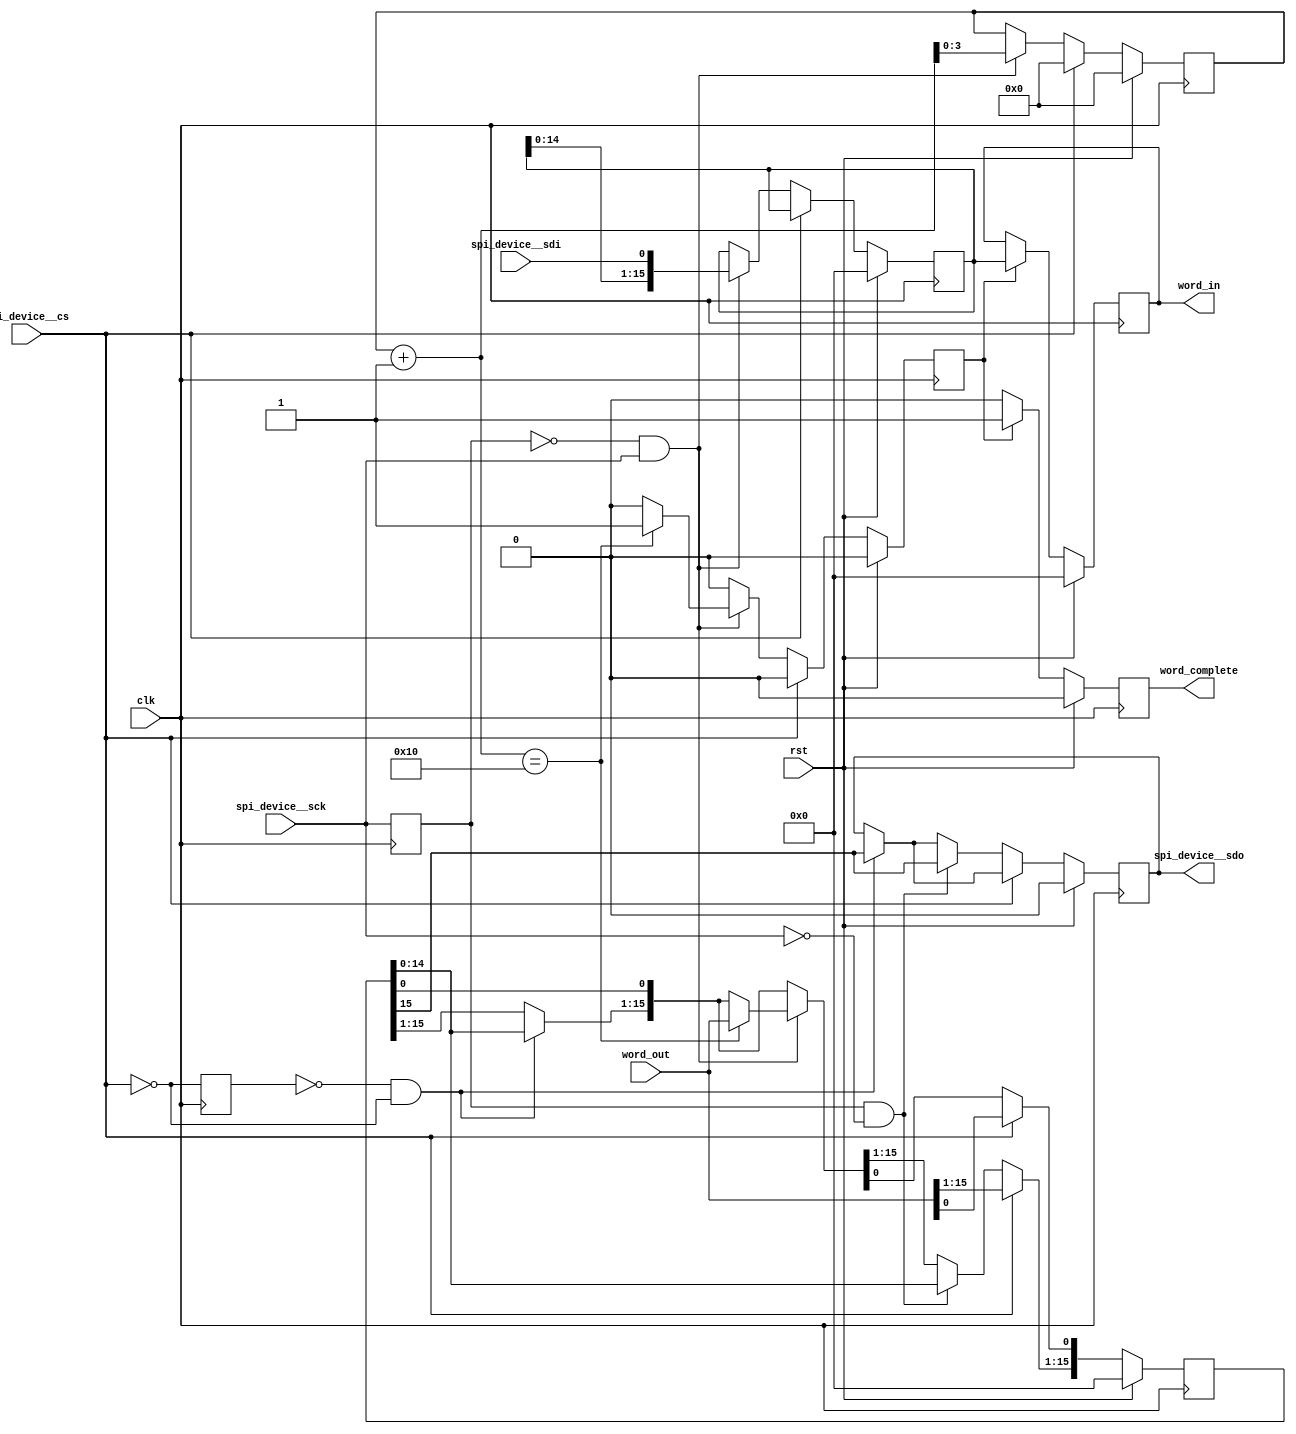
/* Generated by Yosys 0.17 (git sha1 6f9602b4c, gcc 11.3.0-1ubuntu1~22.04 -fPIC -Os) */

module spi_slave(spi_device__sdo, spi_device__sck, spi_device__cs, word_in, word_out, word_complete, clk, rst, spi_device__sdi);
  reg \$auto$verilog_backend.cc:2083:dump_module$11  = 0;
  wire \$1 ;
  wire \$11 ;
  wire [4:0] \$13 ;
  wire \$15 ;
  wire \$17 ;
  wire \$19 ;
  wire \$21 ;
  wire \$23 ;
  wire \$25 ;
  wire [4:0] \$27 ;
  wire \$29 ;
  wire \$3 ;
  wire \$31 ;
  wire \$33 ;
  wire \$35 ;
  wire \$37 ;
  wire [4:0] \$39 ;
  wire [4:0] \$40 ;
  wire \$42 ;
  wire \$44 ;
  wire \$46 ;
  wire \$48 ;
  wire \$5 ;
  wire \$7 ;
  wire \$9 ;
  (* \amaranth.sample_reg  = 32'd1 *)
  reg \$sample$s$chip_selected$sync$1  = 1'h0;
  wire \$sample$s$chip_selected$sync$1$next ;
  (* \amaranth.sample_reg  = 32'd1 *)
  reg \$sample$s$serial_clock$sync$1  = 1'h0;
  wire \$sample$s$serial_clock$sync$1$next ;
  reg [3:0] bit_count = 4'h0;
  reg [3:0] \bit_count$next ;
  wire chip_selected;
  input clk;
  wire clk;
  reg [15:0] current_rx = 16'h0000;
  reg [15:0] \current_rx$next ;
  reg [15:0] current_tx = 16'h0000;
  reg [15:0] \current_tx$next ;
  reg is_first_bit = 1'h0;
  reg \is_first_bit$next ;
  wire \output ;
  input rst;
  wire rst;
  wire sample;
  wire serial_clock;
  input spi_device__cs;
  wire spi_device__cs;
  input spi_device__sck;
  wire spi_device__sck;
  input spi_device__sdi;
  wire spi_device__sdi;
  output spi_device__sdo;
  reg spi_device__sdo = 1'h0;
  reg \spi_device__sdo$next ;
  reg word_accepted = 1'h0;
  reg \word_accepted$next ;
  output word_complete;
  reg word_complete = 1'h0;
  reg \word_complete$next ;
  output [15:0] word_in;
  reg [15:0] word_in = 16'h0000;
  reg [15:0] \word_in$next ;
  input [15:0] word_out;
  wire [15:0] word_out;
  assign \$9  = ~ \$sample$s$serial_clock$sync$1 ;
  assign \$11  = \$9  & serial_clock;
  assign \$13  = bit_count + 1'h1;
  assign \$15  = \$13  == 5'h10;
  assign \$17  = ~ spi_device__cs;
  assign \$1  = ~ \$sample$s$serial_clock$sync$1 ;
  assign \$19  = ~ \$sample$s$chip_selected$sync$1 ;
  assign \$21  = \$19  & chip_selected;
  assign \$23  = ~ \$sample$s$serial_clock$sync$1 ;
  assign \$25  = \$23  & serial_clock;
  assign \$27  = bit_count + 1'h1;
  assign \$29  = \$27  == 5'h10;
  assign \$31  = ~ serial_clock;
  assign \$33  = \$sample$s$serial_clock$sync$1  & \$31 ;
  assign \$35  = ~ \$sample$s$serial_clock$sync$1 ;
  assign \$37  = \$35  & serial_clock;
  assign \$3  = \$1  & serial_clock;
  assign \$40  = bit_count + 1'h1;
  assign \$42  = ~ \$sample$s$serial_clock$sync$1 ;
  assign \$44  = \$42  & serial_clock;
  assign \$46  = ~ \$sample$s$serial_clock$sync$1 ;
  assign \$48  = \$46  & serial_clock;
  assign \$5  = ~ serial_clock;
  assign \$7  = \$sample$s$serial_clock$sync$1  & \$5 ;
  always @(posedge clk)
    \$sample$s$chip_selected$sync$1  <= \$17 ;
  always @(posedge clk)
    word_in <= \word_in$next ;
  always @(posedge clk)
    \$sample$s$serial_clock$sync$1  <= spi_device__sck;
  always @(posedge clk)
    current_rx <= \current_rx$next ;
  always @(posedge clk)
    is_first_bit <= \is_first_bit$next ;
  always @(posedge clk)
    bit_count <= \bit_count$next ;
  always @(posedge clk)
    current_tx <= \current_tx$next ;
  always @(posedge clk)
    spi_device__sdo <= \spi_device__sdo$next ;
  always @(posedge clk)
    word_accepted <= \word_accepted$next ;
  always @(posedge clk)
    word_complete <= \word_complete$next ;
  always @* begin
    if (\$auto$verilog_backend.cc:2083:dump_module$11 ) begin end
    \is_first_bit$next  = is_first_bit;
    (* full_case = 32'd1 *)
    casez (chip_selected)
      1'h1:
          casez (\$44 )
            1'h1:
                \is_first_bit$next  = 1'h0;
          endcase
      default:
          \is_first_bit$next  = 1'h1;
    endcase
    casez (rst)
      1'h1:
          \is_first_bit$next  = 1'h0;
    endcase
  end
  always @* begin
    if (\$auto$verilog_backend.cc:2083:dump_module$11 ) begin end
    \current_rx$next  = current_rx;
    casez (chip_selected)
      1'h1:
          casez (\$48 )
            1'h1:
                \current_rx$next  = { current_rx[14:0], spi_device__sdi };
          endcase
    endcase
    casez (rst)
      1'h1:
          \current_rx$next  = 16'h0000;
    endcase
  end
  always @* begin
    if (\$auto$verilog_backend.cc:2083:dump_module$11 ) begin end
    \word_in$next  = word_in;
    casez (word_accepted)
      1'h1:
          \word_in$next  = current_rx;
    endcase
    casez (rst)
      1'h1:
          \word_in$next  = 16'h0000;
    endcase
  end
  always @* begin
    if (\$auto$verilog_backend.cc:2083:dump_module$11 ) begin end
    (* full_case = 32'd1 *)
    casez (word_accepted)
      1'h1:
          \word_complete$next  = 1'h1;
      default:
          \word_complete$next  = 1'h0;
    endcase
    casez (rst)
      1'h1:
          \word_complete$next  = 1'h0;
    endcase
  end
  always @* begin
    if (\$auto$verilog_backend.cc:2083:dump_module$11 ) begin end
    \word_accepted$next  = 1'h0;
    casez (chip_selected)
      1'h1:
          casez (\$11 )
            1'h1:
                casez (\$15 )
                  1'h1:
                      \word_accepted$next  = 1'h1;
                endcase
          endcase
    endcase
    casez (rst)
      1'h1:
          \word_accepted$next  = 1'h0;
    endcase
  end
  always @* begin
    if (\$auto$verilog_backend.cc:2083:dump_module$11 ) begin end
    \current_tx$next  = current_tx;
    \spi_device__sdo$next  = spi_device__sdo;
    casez (\$21 )
      1'h1:
          { \spi_device__sdo$next , \current_tx$next [15:1] } = current_tx;
    endcase
    (* full_case = 32'd1 *)
    casez (chip_selected)
      1'h1:
        begin
          casez (\$25 )
            1'h1:
                casez (\$29 )
                  1'h1:
                      \current_tx$next  = word_out;
                endcase
          endcase
          casez (\$33 )
            1'h1:
                { \spi_device__sdo$next , \current_tx$next [15:1] } = current_tx;
          endcase
        end
      default:
          \current_tx$next  = word_out;
    endcase
    casez (rst)
      1'h1:
        begin
          \current_tx$next  = 16'h0000;
          \spi_device__sdo$next  = 1'h0;
        end
    endcase
  end
  always @* begin
    if (\$auto$verilog_backend.cc:2083:dump_module$11 ) begin end
    \bit_count$next  = bit_count;
    (* full_case = 32'd1 *)
    casez (chip_selected)
      1'h1:
          casez (\$37 )
            1'h1:
                \bit_count$next  = \$40 [3:0];
          endcase
      default:
          \bit_count$next  = 4'h0;
    endcase
    casez (rst)
      1'h1:
          \bit_count$next  = 4'h0;
    endcase
  end
  assign \$39  = \$40 ;
  assign \$sample$s$chip_selected$sync$1$next  = chip_selected;
  assign \$sample$s$serial_clock$sync$1$next  = serial_clock;
  assign chip_selected = \$17 ;
  assign \output  = \$7 ;
  assign sample = \$3 ;
  assign serial_clock = spi_device__sck;
endmodule